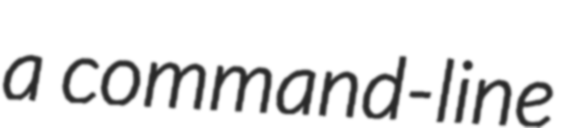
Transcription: a command-line